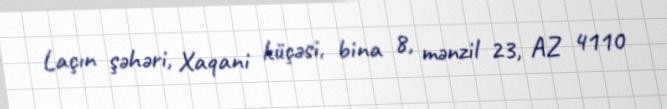
Laçın şəhəri, Xaqani küçəsi, bina 8, mənzil 23, AZ 4110